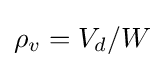
\rho _{v}=V_{d}/W